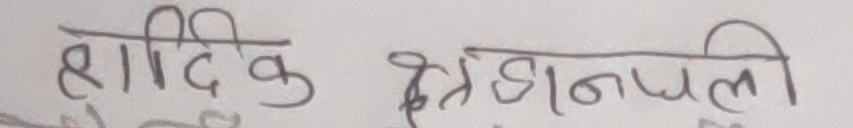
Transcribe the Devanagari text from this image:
हार्दिक श्रद्धाञ्जली